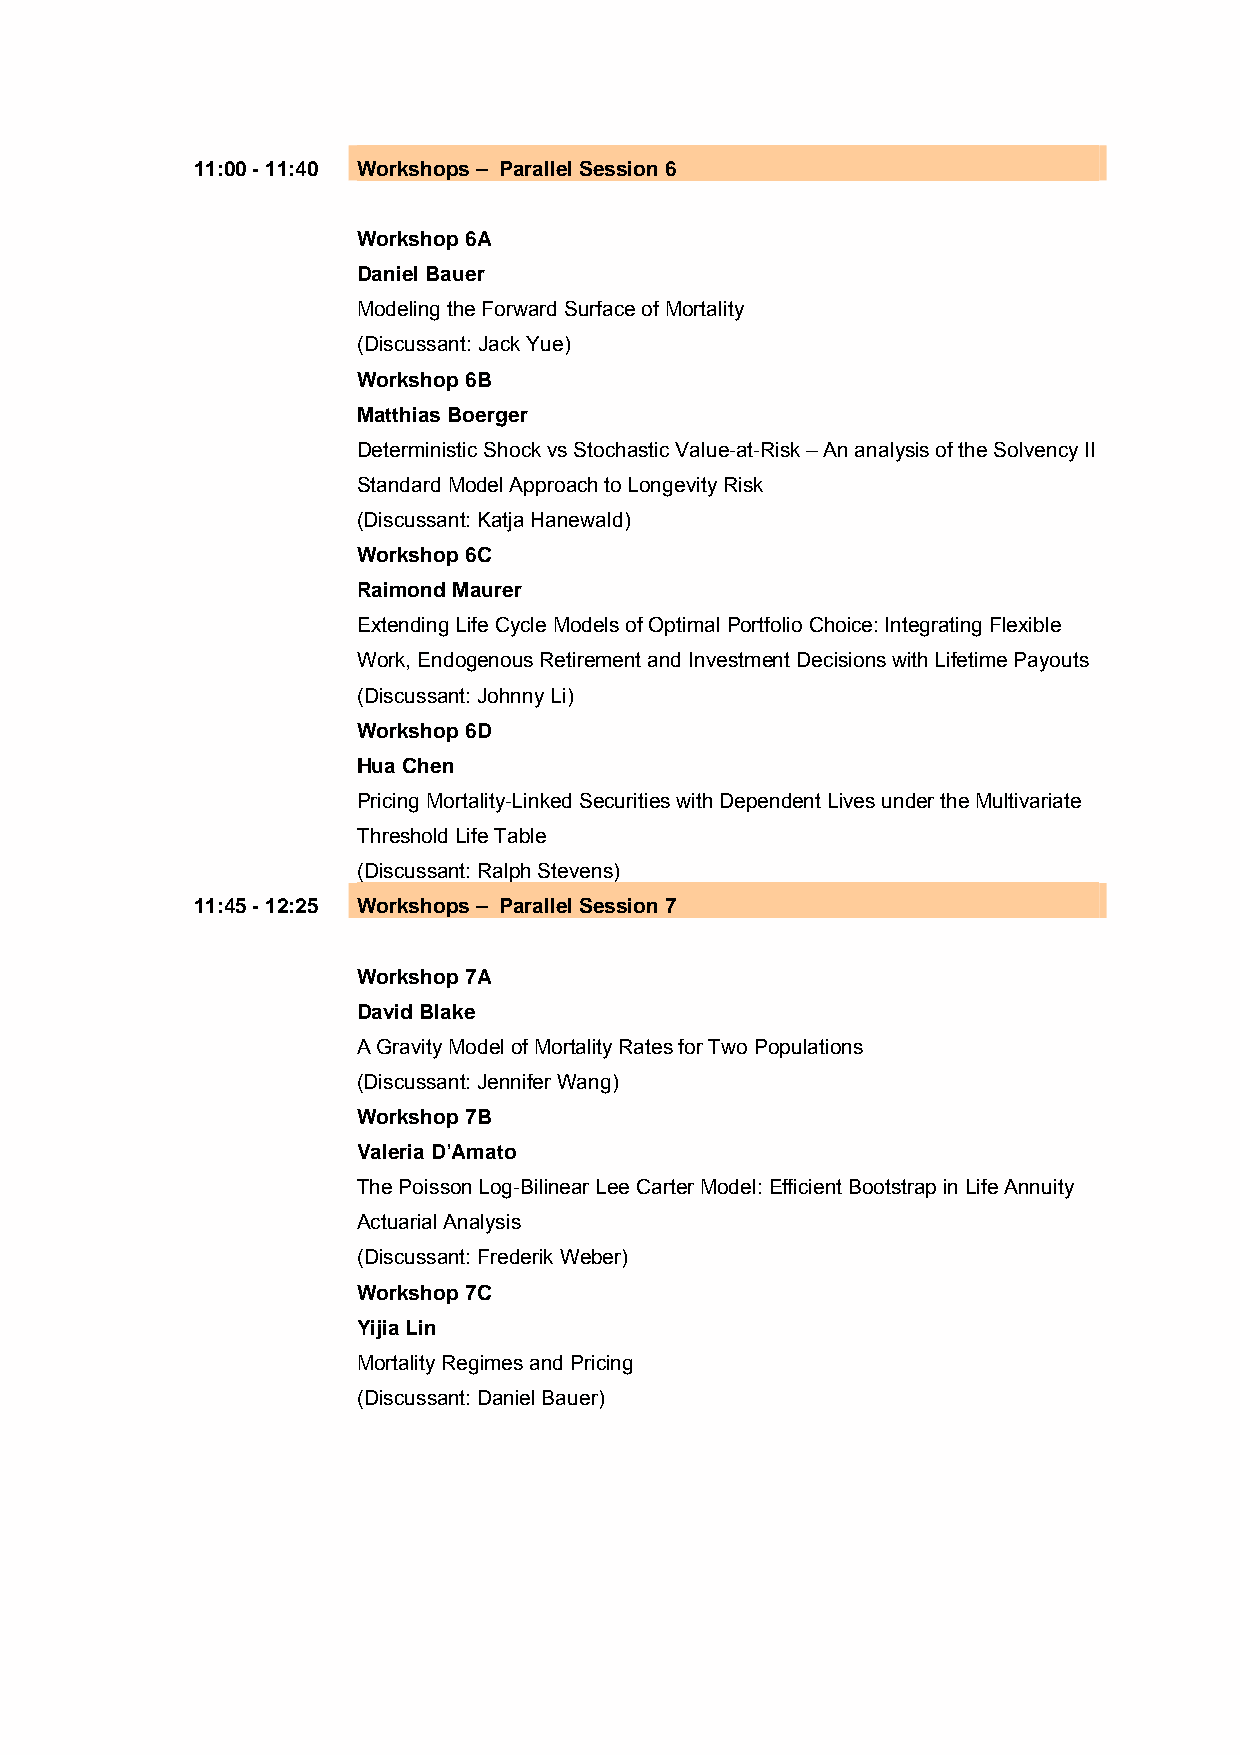
11:00 - 11:40 Workshops – Parallel Session 6
 Workshop 6A
 Daniel Bauer
 Modeling the Forward Surface of Mortality
 (Discussant: Jack Yue)
 Workshop 6B
 Matthias Boerger
 Deterministic Shock vs Stochastic Value-at-Risk – An analysis of the Solvency II
 Standard Model Approach to Longevity Risk
 (Discussant: Katja Hanewald)
 Workshop 6C
 Raimond Maurer
 Extending Life Cycle Models of Optimal Portfolio Choice: Integrating Flexible
 Work, Endogenous Retirement and Investment Decisions with Lifetime Payouts
 (Discussant: Johnny Li)
 Workshop 6D
 Hua Chen
 Pricing Mortality-Linked Securities with Dependent Lives under the Multivariate
 Threshold Life Table
 (Discussant: Ralph Stevens)
 11:45 - 12:25 Workshops – Parallel Session 7
 Workshop 7A
 David Blake
 A Gravity Model of Mortality Rates for Two Populations
 (Discussant: Jennifer Wang)
 Workshop 7B
 Valeria D’Amato
 The Poisson Log-Bilinear Lee Carter Model: Efficient Bootstrap in Life Annuity
 Actuarial Analysis
 (Discussant: Frederik Weber)
 Workshop 7C
 Yijia Lin
 Mortality Regimes and Pricing
 (Discussant: Daniel Bauer)